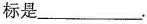
标是___.